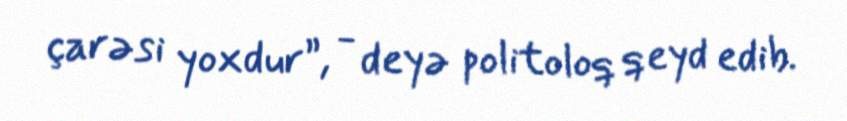
çarəsi yoxdur”, - deyə politoloq qeyd edib.